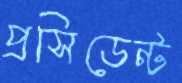
প্রসিডেন্ট